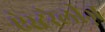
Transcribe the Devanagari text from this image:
ऐस्टरेलीज़